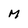
Character: M